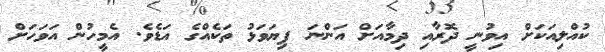
ކުއްލިއަކަށް އިވުނީ ދޮރާއި ދިމާއަށް އަންނަ ފިޔަވަޅު ތަކެއްގެ އަޑެވެ. އެމީހުން އަވަހަށް